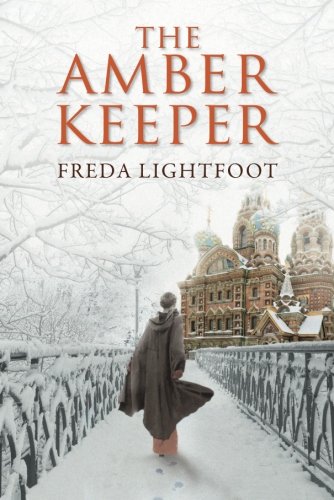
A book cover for The Amber Keeper; Freda Lightfoot; Literature & Fiction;